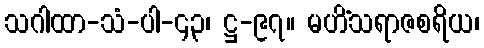
သဂါထာ-သံ-ပါ-၄၃၊ ဋ္ဌ-၉၇။ မဟိံသရာဇစရိယ၊